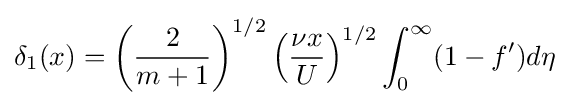
\delta _{1}(x)=\left({\frac {2}{m+1}}\right)^{1/2}\left({\frac {\nu x}{U}}\right)^{1/2}\int _{0}^{\infty }(1-f')d\eta